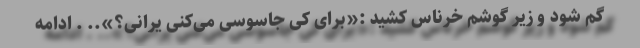
گم شود و زیر گوشم خرناس کشید :«برای کی جاسوسی می‌کنی یرانی؟».. . ادامه